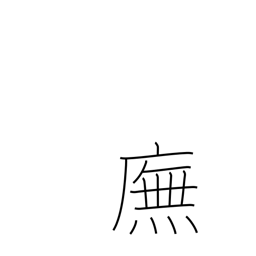
Meaning: walking under the eaves